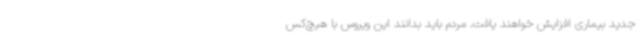
جدید بیماری افزایش خواهند یافت. مردم باید بدانند این ویروس با هیچ‌کس